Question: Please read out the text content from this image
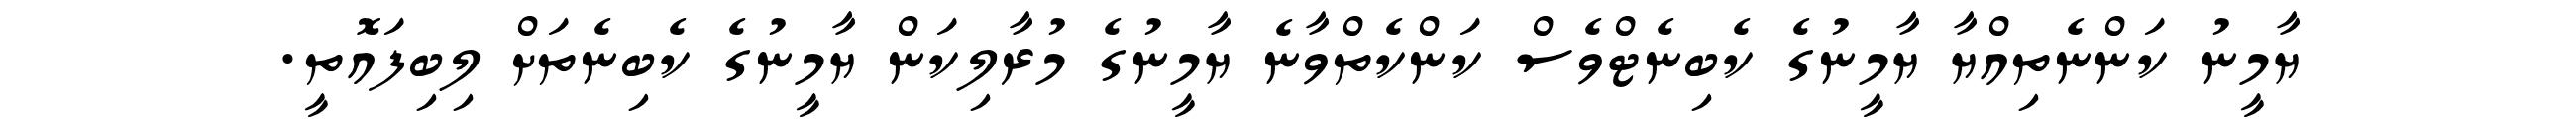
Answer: ޔާމީނު ކަންނެތިއްޔާ ޔާމީނުގެ ކެބިނެޓްވެސް ކަންކެތްވާނެ ޔާމީނުގެ މުރާލިކަން ޔާމީނުގެ ކެބިނެތަށް ލިބިފައޮތީ.